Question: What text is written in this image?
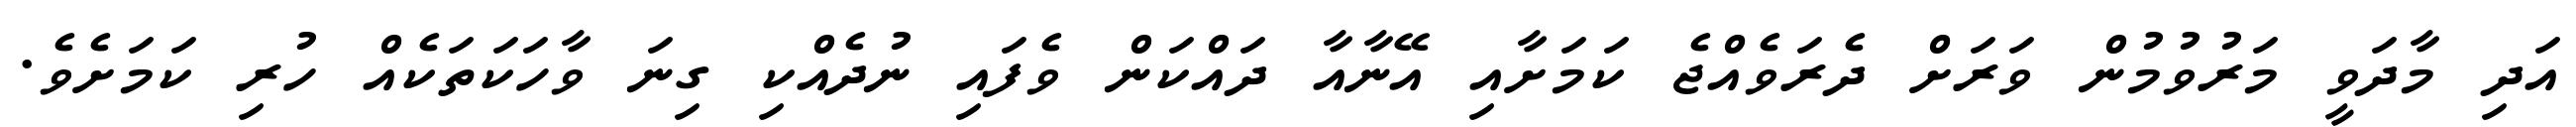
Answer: އަދި މާދަވީ މަރުވުމުން ވަރަށް ދެރަވެއްޖެ ކަމަށާއި އޭނާއާ ދައްކަން ވެފައި ނުދެއްކި ގިނަ ވާހަކަތަކެއް ހުރި ކަމަށެވެ.